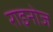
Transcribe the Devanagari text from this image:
राइनोज